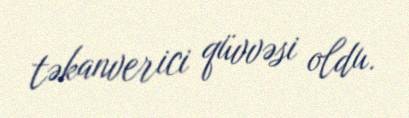
təkanverici qüvvəsi oldu.